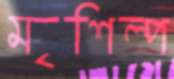
মৃশিল্প